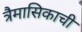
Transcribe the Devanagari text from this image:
त्रैमासिकाची